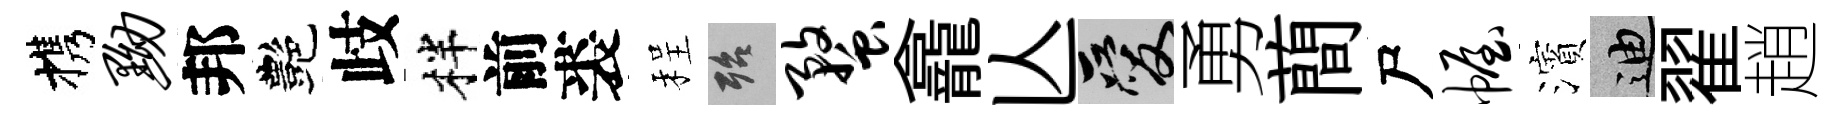
携黝邦艷歧柈前裘程殆蝥龕亾爱勇蕳尸幄濱迪翟趙